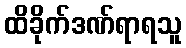
ထိခိုက်ဒဏ်ရာရသူ